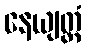
နေယျတ္ထံ